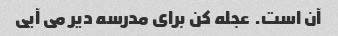
آن است. عجله کن برای مدرسه دیر می آیی